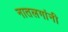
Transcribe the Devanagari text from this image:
नातलगांनी